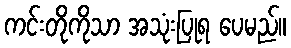
ကင်းတိုကိုသာ အသုံးပြုရ ပေမည်။